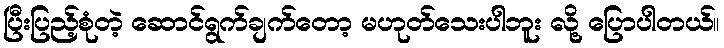
ပြီးပြည့်စုံတဲ့ ဆောင်ရွက်ချက်တော့ မဟုတ်သေးပါဘူး လို့ ပြောပါတယ်။